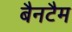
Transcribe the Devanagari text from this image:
बैनटैम